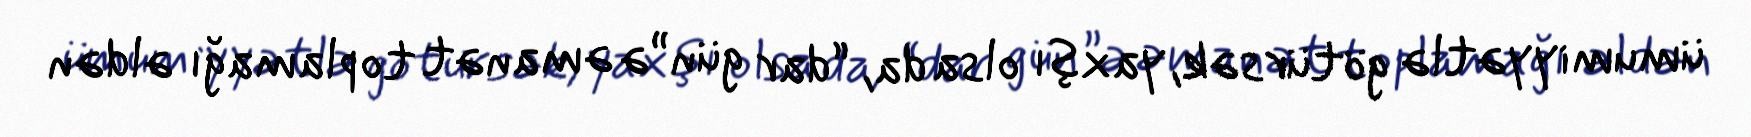
ümumiyyətlə götürsək, yaxşı olsa da, “dar gün”ə əmanət toplamağı əldən